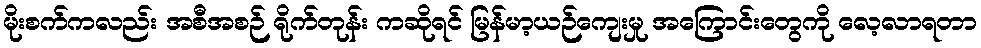
မိုးစက်ကလည်း အစီအစဉ် ရိုက်တုန်း ကဆိုရင် မြန်မာ့ယဉ်ကျေးမှု အကြောင်းတွေကို လေ့လာရတာ